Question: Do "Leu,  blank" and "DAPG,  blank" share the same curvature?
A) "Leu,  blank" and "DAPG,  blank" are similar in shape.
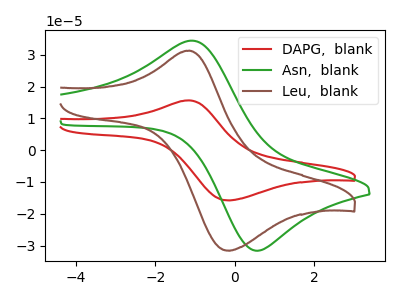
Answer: <think>The red curve "DAPG,  blank" has an anodic peak at (-1.15V, 15.65uA) and a cathodic peak at (-0.20V, -15.80uA). The green curve "Asn,  blank" has an anodic peak at (-1.05V, 34.40uA) and a cathodic peak at (0.55V, -31.65uA). The brown curve "Leu,  blank" has an anodic peak at (-1.15V, 31.30uA) and a cathodic peak at (-0.20V, -31.60uA).
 All the peaks in "Leu,  blank" have a peak in "DAPG,  blank" at the same potential. Every peak in "Leu,  blank" is higher than every peak in "DAPG,  blank".</think>
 <answer>A) "Leu,  blank" and "DAPG,  blank" are similar in shape.</answer>
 <eval>A</eval>